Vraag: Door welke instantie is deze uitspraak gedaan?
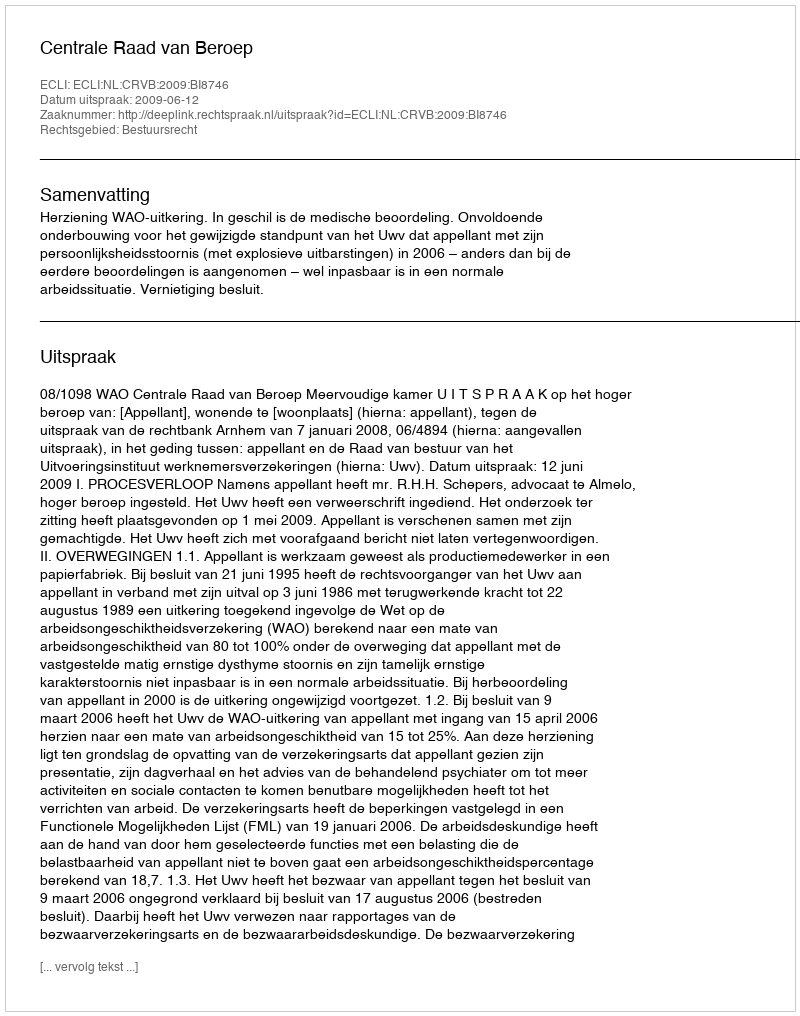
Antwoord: Centrale Raad van Beroep